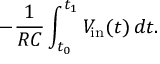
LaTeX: - { \frac { 1 } { R C } } \int _ { t _ { 0 } } ^ { t _ { 1 } } V _ { \mathrm { i n } } ( t ) \, d t .